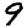
Digit: 9